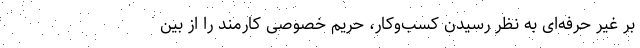
بر غیر حرفه‌ای به نظر رسیدن کسب‌وکار، حریم خصوصی کارمند را از بین